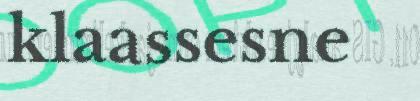
klaassesne